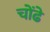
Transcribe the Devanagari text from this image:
चोंढे